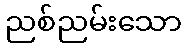
ညစ်ညမ်းသော